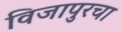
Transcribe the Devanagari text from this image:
विजापुरचा